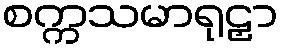
စက္ကသမာရုဠှာ